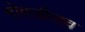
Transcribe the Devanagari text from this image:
गोगजीराव